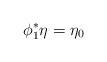
LaTeX: \begin{align*}\phi_1^*\eta = \eta_0\end{align*}